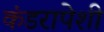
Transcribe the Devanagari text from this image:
कंडरापेशी